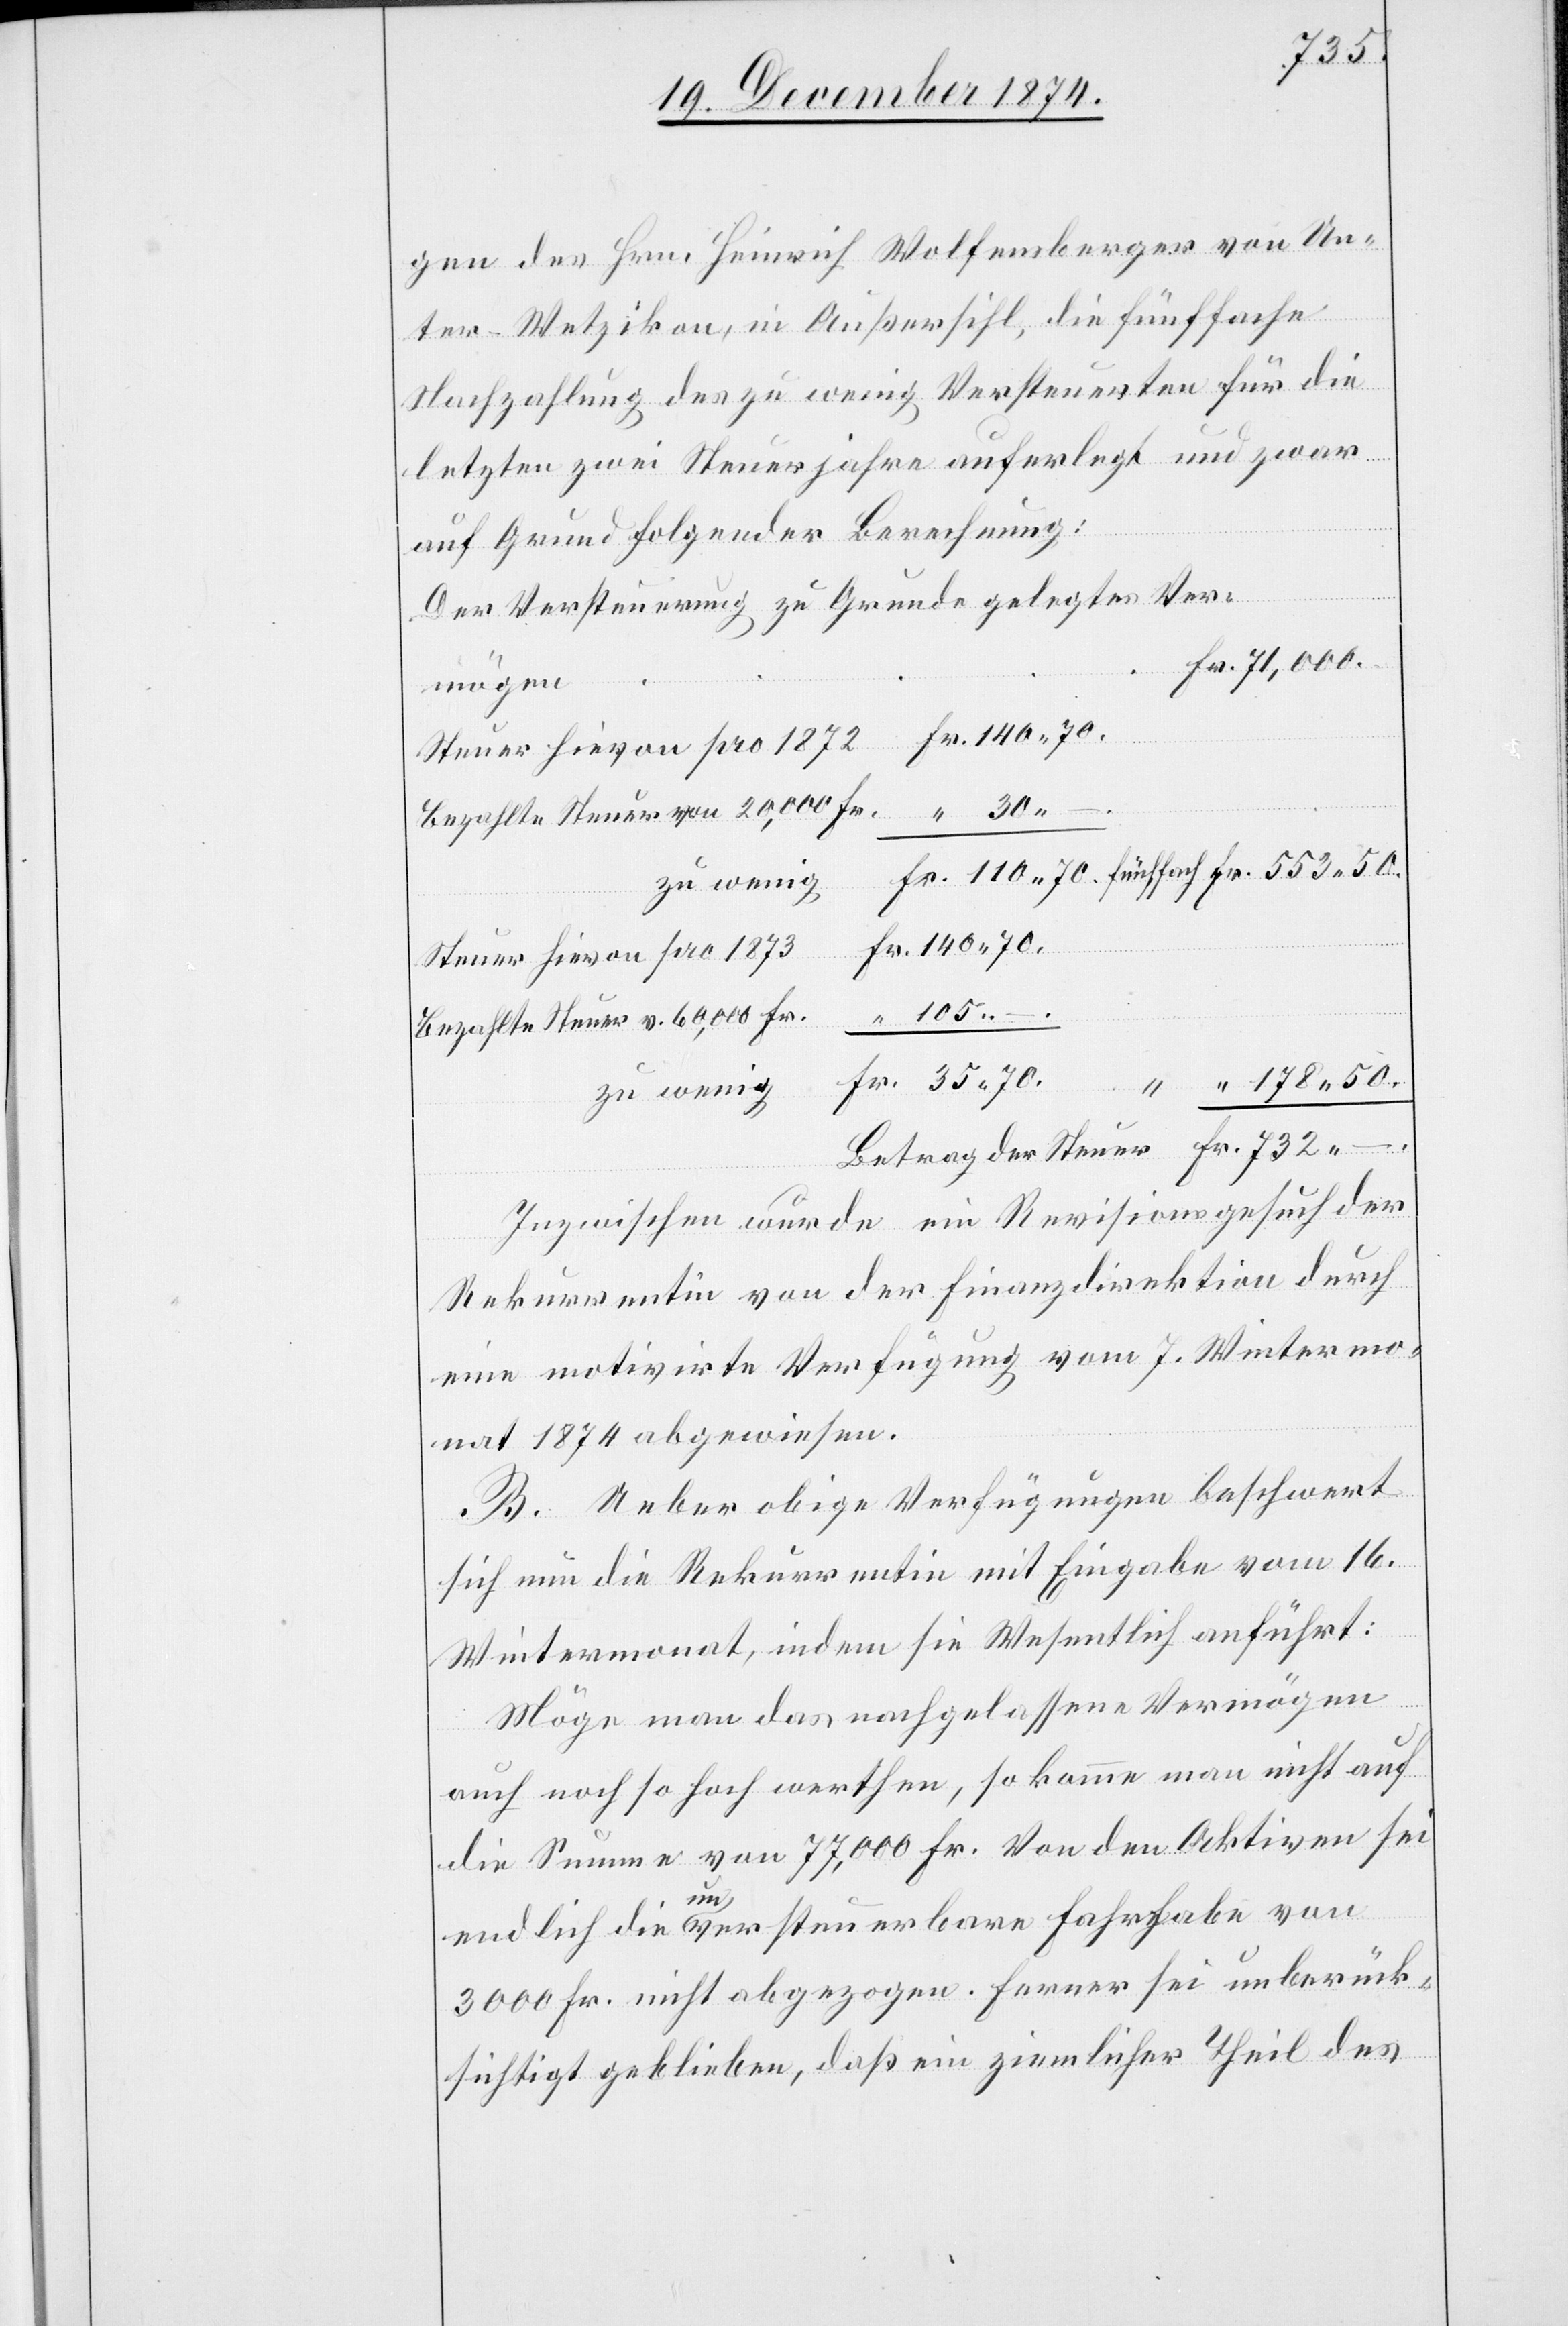
732.–
gen des Hrn. Heinrich Wolfensberger von Un¬
ter-Wetzikon, in Außersihl, die fünffache
Nachzahlung des zu wenig Versteuerten für die
letzten zwei Steuerjahre auferlegt und zwar
auf Grund folgender Berechnung:
Der Versteuerung zu Grunde gelegtes Ver¬
mögen
Steuer hievon pro 1872
Bezahlte Steuer von 20,000 Fr.
zu wenig
Steuer hievon pro 1873
105.–
Bezahlte Steuer v. 60,000 Fr.
Inzwischen wurde ein Revisionsgesuch der
Rekurrentin von der Finanzdirektion durch
eine motivirte Verfügung vom 7. Wintermo¬
nat 1874 abgewiesen.
B. Ueber obige Verfügungen beschwert
sich nun die Rekurrentin mit Eingabe vom 16.
Wintermonat, indem sie Wesentlich anführt:
Möge man das nachgelassene Vermögen
auch noch so hoch werthen, so komme man nicht auf
die Summe von 77,000 Fr. Von den Aktiven sei
endlich die unversteuerbare Fahrhabe von
3000 Fr. nicht abgezogen. Ferner sei unberück¬
sichtigt geblieben, daß ein ziemlicher Theil des